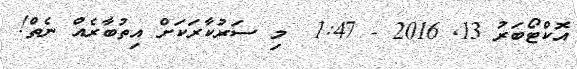
އޮކްޓޯބަރު 13